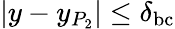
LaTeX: |y-y_{P_{2}}|\leq\delta_{\mathrm{bc}}